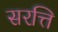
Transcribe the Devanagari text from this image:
सरत्ति